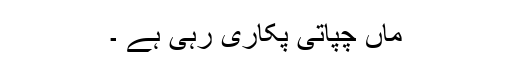
ماں چپاتی پکاری رہی ہے ۔